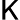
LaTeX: \mathsf{K}